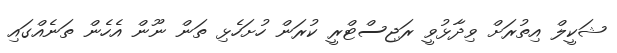
ޝަކީލް އިތުރަށް ވިދާޅުވީ ރަޖިސްޓްރީ ކުރަން ހުށަހެޅި ތަން ނޫން އެހެން ތަނެއްގައި